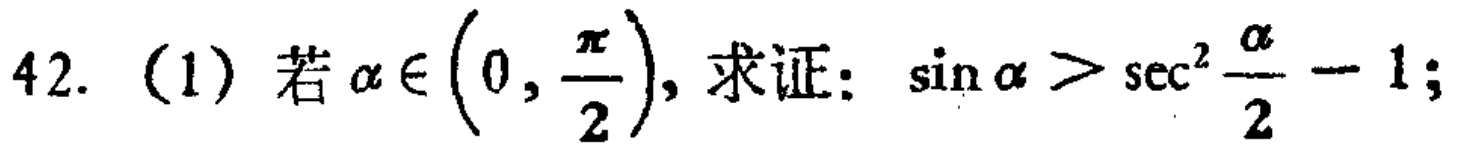
42. (1) 若\(\alpha\in\left(0,\frac{\pi}{2}\right)\)，求证：\(\sin\alpha >\sec^{2}\frac{\alpha}{2}-1\)；